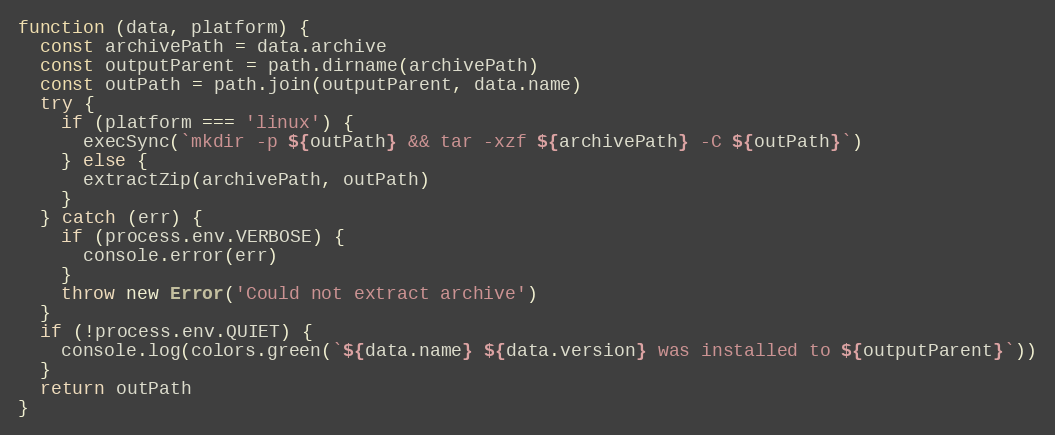
Language: JavaScript
function (data, platform) {
  const archivePath = data.archive
  const outputParent = path.dirname(archivePath)
  const outPath = path.join(outputParent, data.name)
  try {
    if (platform === 'linux') {
      execSync(`mkdir -p ${outPath} && tar -xzf ${archivePath} -C ${outPath}`)
    } else {
      extractZip(archivePath, outPath)
    }
  } catch (err) {
    if (process.env.VERBOSE) {
      console.error(err)
    }
    throw new Error('Could not extract archive')
  }
  if (!process.env.QUIET) {
    console.log(colors.green(`${data.name} ${data.version} was installed to ${outputParent}`))
  }
  return outPath
}